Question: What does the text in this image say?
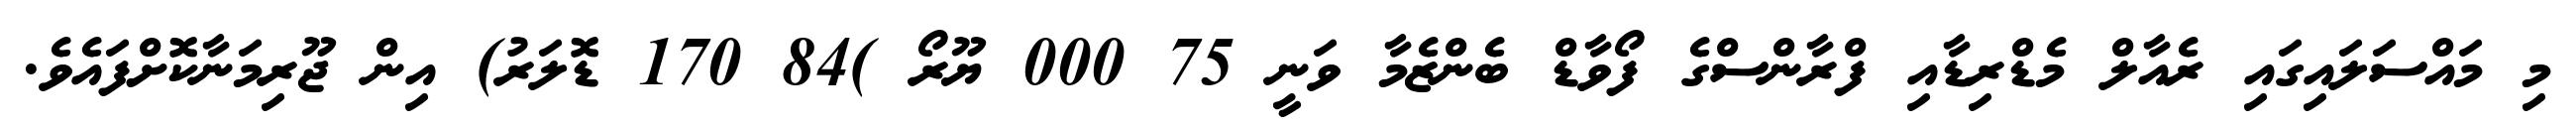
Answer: މި މައްސަލައިގައި ރެއާލް މެޑްރިޑާއި ފްރާންސްގެ ފޯވާޑް ބެންޒެމާ ވަނީ 75 000 ޔޫރޯ )84 170 ޑޮލަރު) އިން ޖޫރިމަނާކޮށްފައެވެ.